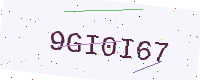
Text: 9GI0I67